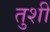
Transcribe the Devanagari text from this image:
तुशीं